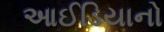
આઈડિયાનો